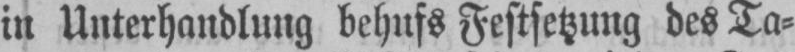
in Unterhandlung behufs Festsetzung des Ta⸗